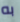
به